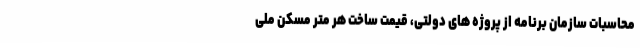
محاسبات سازمان برنامه از پروژه های دولتی، قیمت ساخت هر متر مسکن ملی